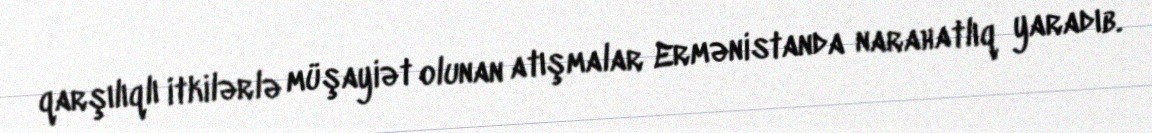
qarşılıqlı itkilərlə müşayiət olunan atışmalar Ermənistanda narahatlıq yaradıb.